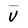
Character: V